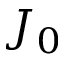
J _ { 0 }